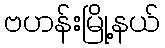
ဗဟန်းမြို့နယ်